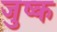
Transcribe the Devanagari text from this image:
जुष्क